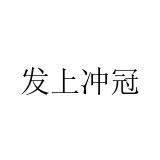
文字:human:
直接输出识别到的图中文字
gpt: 发上冲冠